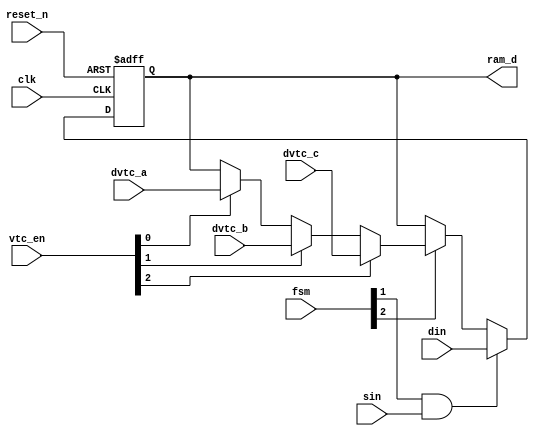
module data_cell( 
    clk,
    reset_n,
    fsm,
    sin,
    din,
    vtc_en,
    dvtc_a,
    dvtc_b,
    dvtc_c,

    ram_d
);

parameter D_WID = 8;

input                 clk        ;
input                 reset_n    ;
input   [D_WID-1:0]   din        ; // LLR input
input                 sin        ;
input   [3:0]         fsm        ;
input   [2:0]         vtc_en     ;
input   [D_WID-1:0]   dvtc_a     ;
input   [D_WID-1:0]   dvtc_b     ;
input   [D_WID-1:0]   dvtc_c     ;

output  [D_WID-1:0]   ram_d      ;
reg     [D_WID-1:0]   ram_d      ;

always @ (posedge clk or negedge reset_n)
begin : ram_d_r
    if(!reset_n)
        ram_d <= #1 {D_WID{1'b0}};
    else if(fsm[1] & sin) 
        ram_d <= #1 din;
    else if(fsm[2]) begin
        if(vtc_en[0])
        ram_d <= #1 dvtc_a;
        if(vtc_en[1])
        ram_d <= #1 dvtc_b;
        if(vtc_en[2]) 
        ram_d <= #1 dvtc_c; 
        end
end    

endmodule